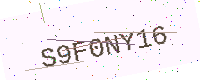
Text: S9F0NY16